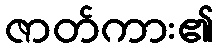
ဇာတ်ကား၏